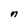
Character: n